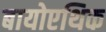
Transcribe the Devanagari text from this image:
बायोएथिक